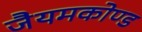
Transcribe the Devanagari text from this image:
जैयमकोण्ड